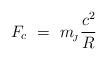
LaTeX: \begin{align*}F_c\ = \ m_{\!_J} \frac{c^2}{R}\end{align*}